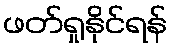
ဖတ်ရှုနိုင်ရန်